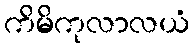
ကိမိကုလာလယံ